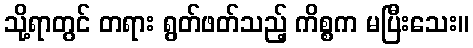
သို့ရာတွင် တရား ရွတ်ဖတ်သည့် ကိစ္စက မပြီးသေး။